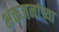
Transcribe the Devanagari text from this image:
भक्तजनांच्या